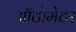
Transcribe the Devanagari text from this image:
ऑटोमेटर